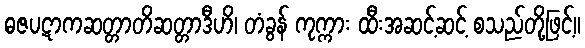
ဓဇပဋာကဆတ္တာတိဆတ္တာဒီဟိ၊ တံခွန် ကုက္ကား ထီးအဆင့်ဆင့် စသည်တို့ဖြင့်။